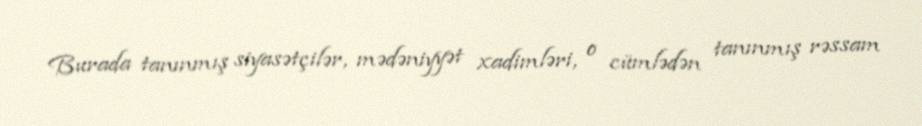
Burada tanınmış siyasətçilər, mədəniyyət xadimləri, o cümlədən tanınmış rəssam